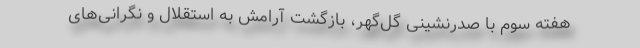
هفته سوم با صدرنشینی گل‌گهر، بازگشت آرامش به استقلال و نگرانی‌های